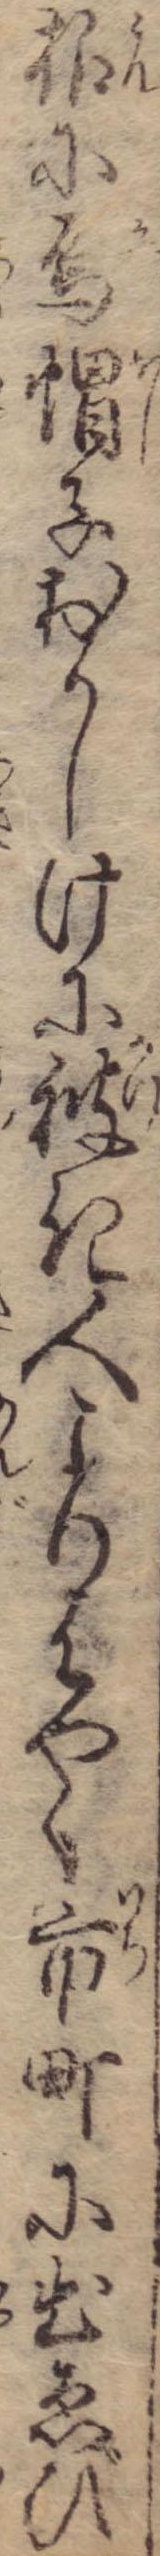
根に烏帽子おかしけに被き人よりはやく市町に出ゑび